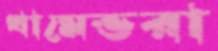
খামেভরা